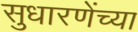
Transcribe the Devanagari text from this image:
सुधारणेंच्या